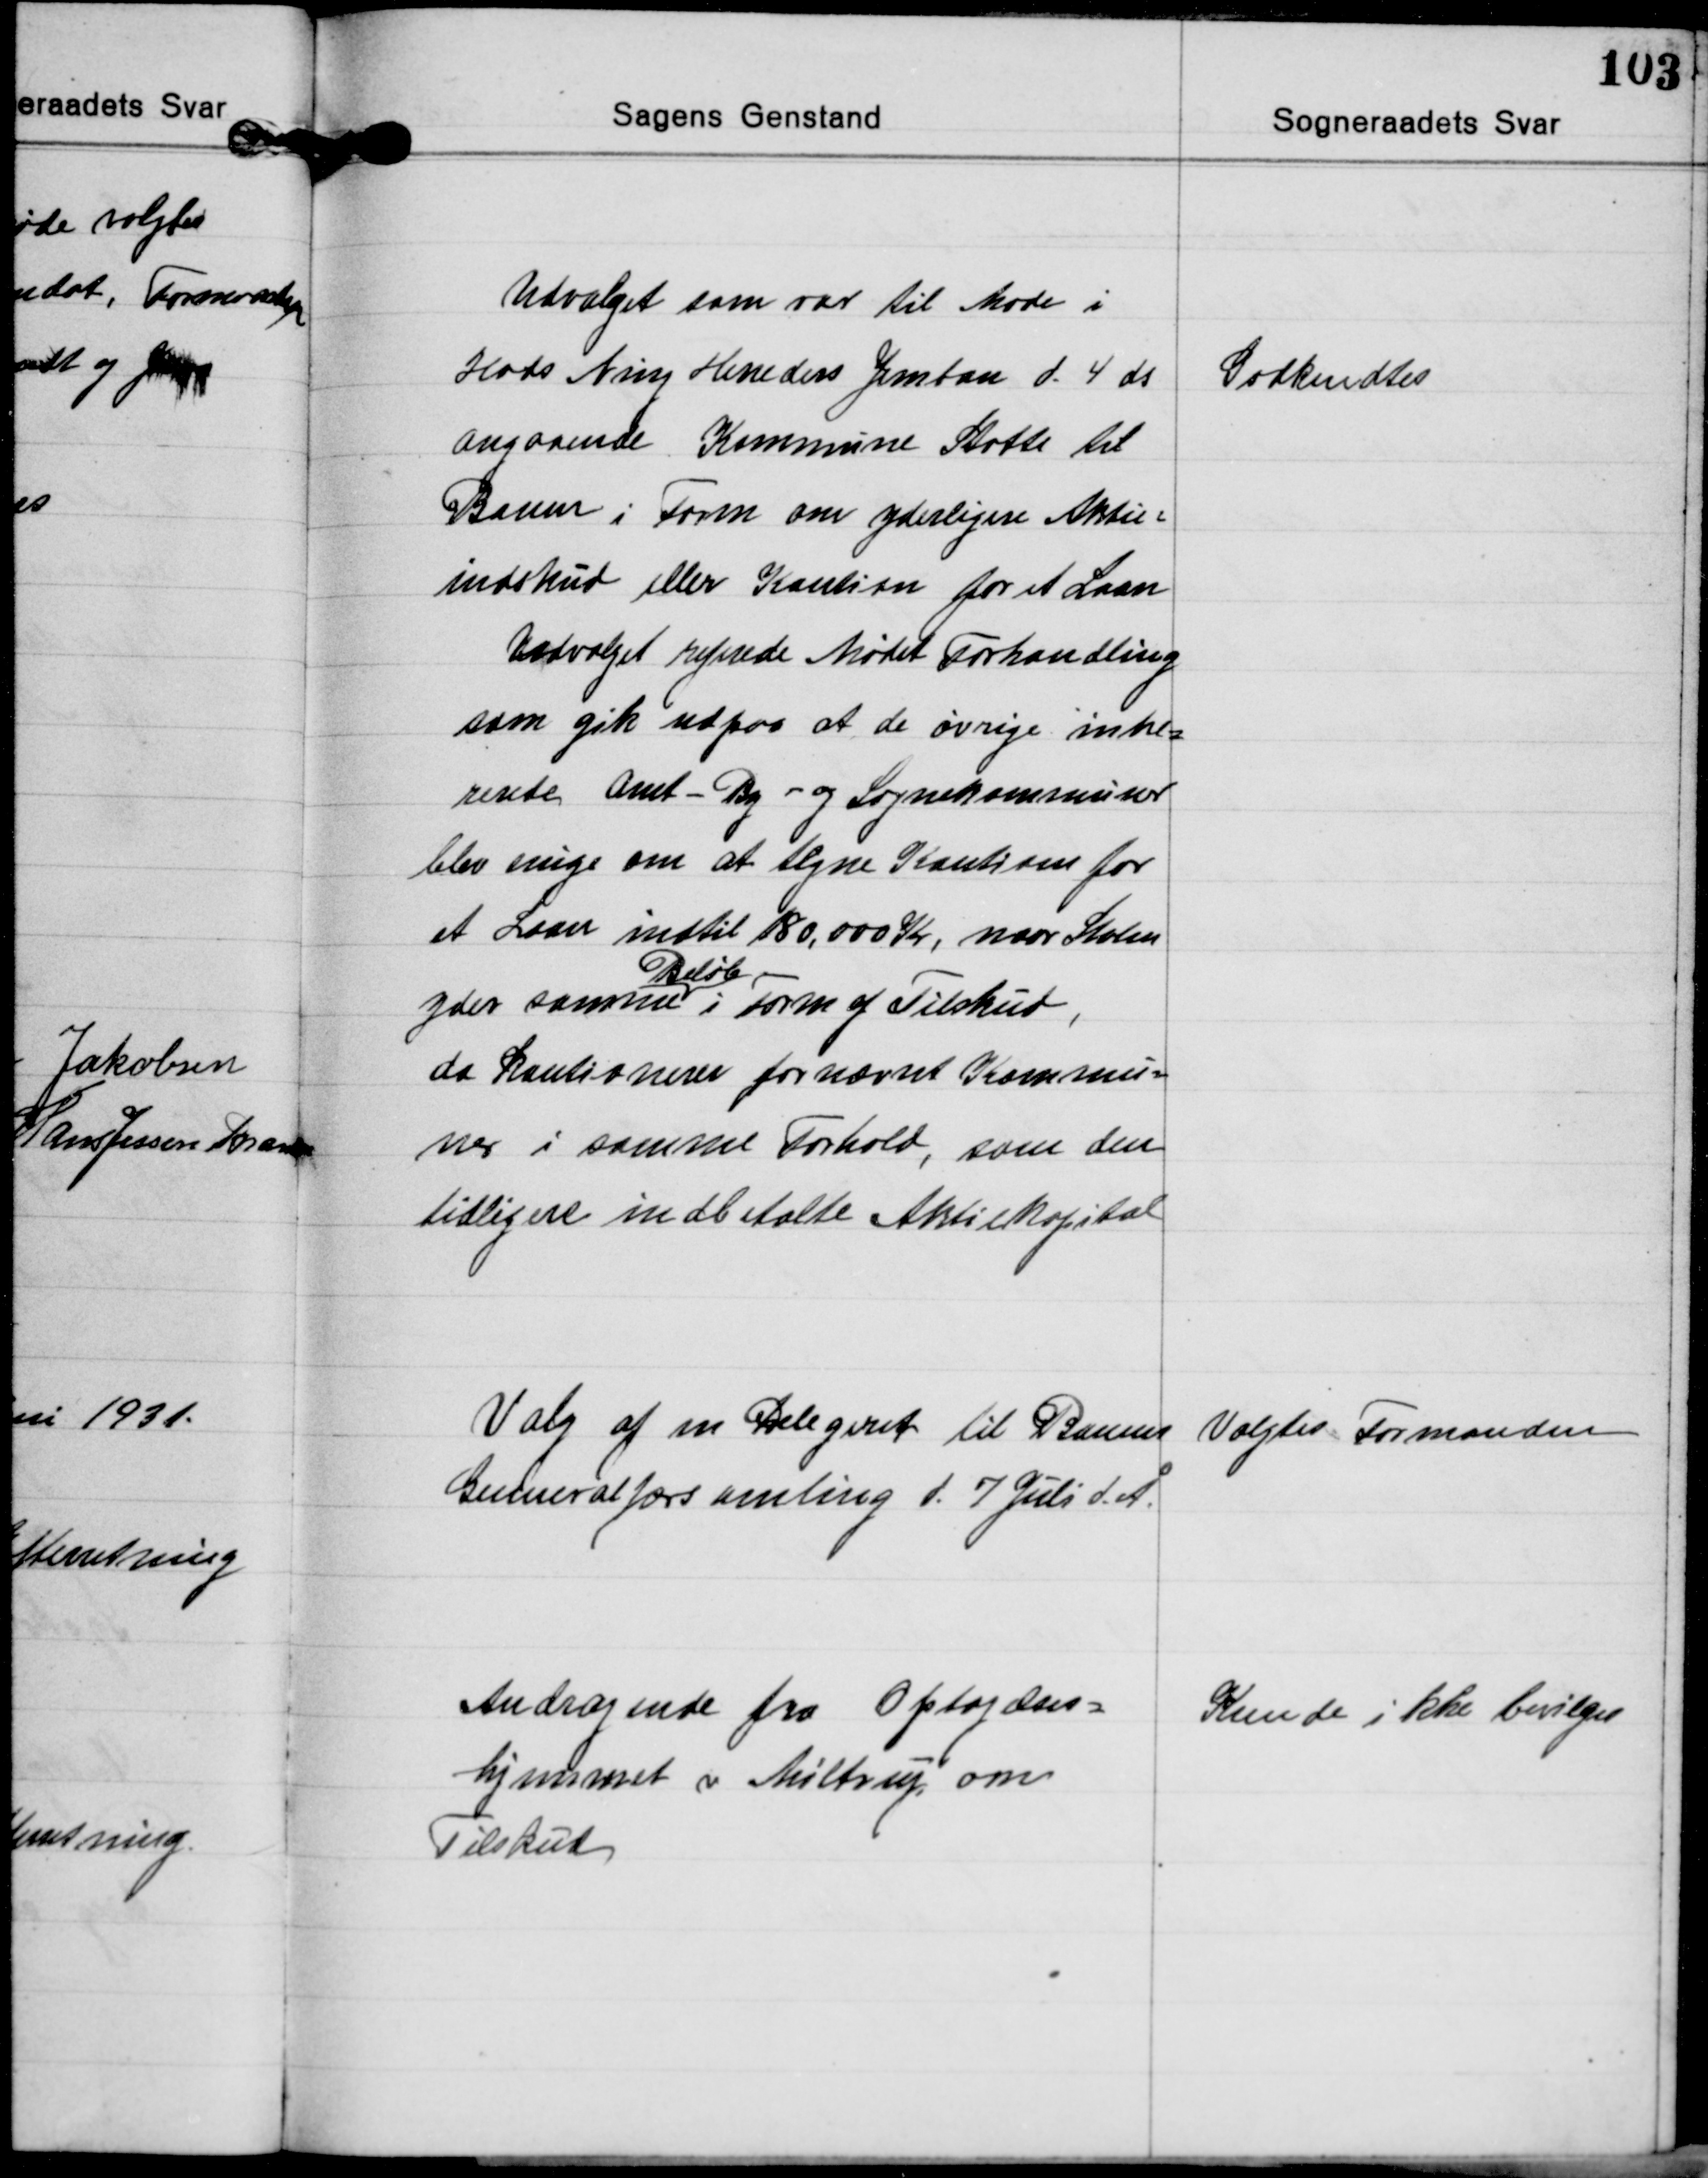
Transskription:
Udvalget som var til Møde i
Hads Ning Herreders Jernbane d. 4 ds.
angaaende Kommune Støtte til
Banen i Form om yderligere Aktie-
indskud eller Kaution for et Laan
Udvalget referede Mødet Forhandling
som gik ud paa at de øvrige intre-
resede Amt - By - og Sognekommuner
blev enige om at tegne Kaution for
et Laan indtil 180.000 Kr, naar Staten
Beløb
yder samme i Form af Tilskud,
da Kautionerer for nævnte Kommu-
ner i samme Forhold, som den
tidligere indbetalte Aktiekapital

Godkendtes

Valg af en Delegeret til Banens
Generalforsamling d. 7 Juli d. A.

Valgtes Formanden

Andragende fra Optagelses-
hjemmet i Miltrup om
Tilskud

Kunde ikke bevilges